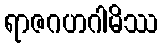
ရာဇဂဟဂါမိဿ